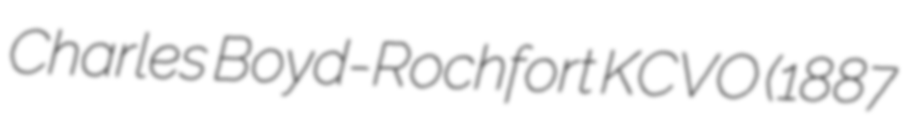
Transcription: Charles Boyd-Rochfort KCVO (1887